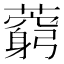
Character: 藭